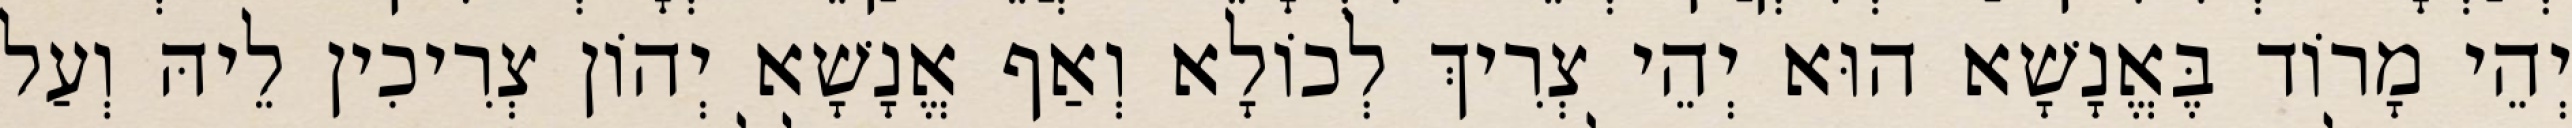
יְהֵי מָרוֹד בֶּאֱנָשָׁא הוּא יְהֵי צְרִיךְ לְכוֹלָא וְאַף אֱנָשָׁא יְהוֹן צְרִיכִין לֵיהּ וְעַל